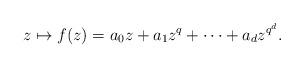
LaTeX: \begin{align*}z \mapsto f(z) = a_0 z+ a_1z^q + \dotsb + a_d z^{q^d}.\end{align*}